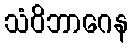
သံဝိဘာဂေန